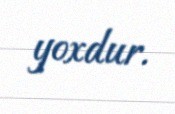
yoxdur.